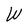
Character: W